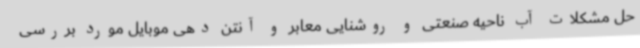
حل مشکلات آب ناحیه صنعتی و روشنایی معابر و آنتن دهی موبایل مورد بررسی